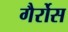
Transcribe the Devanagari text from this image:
गैर्रोस